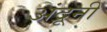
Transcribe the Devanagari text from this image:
अंद्रूनी